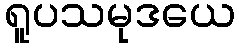
ရူပသမုဒယေ